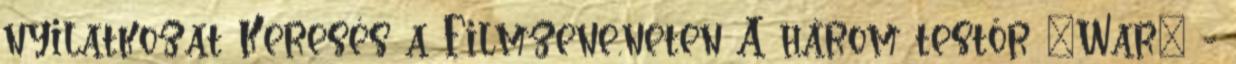
nyilatkozat Keresés a Filmzene.neten A három testőr "War" -